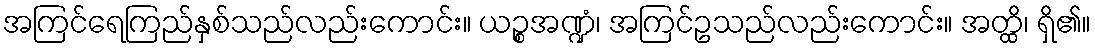
အကြင်ရေကြည်နှစ်သည်လည်းကောင်း။ ယဉ္စအဏ္ဍံ၊ အကြင်ဥသည်လည်းကောင်း။ အတ္ထိ၊ ရှိ၏။